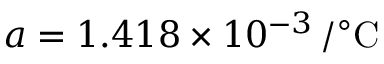
a = 1 . 4 1 8 \times 1 0 ^ { - 3 } \mathrm { \, / ^ { \circ } C }